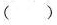
( )